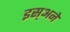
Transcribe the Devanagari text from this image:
इस्अने